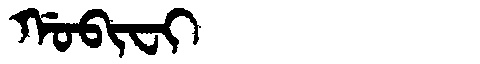
Manchu: ᡤᠣᠪᡳᠸᡳ
Romanization: GOBIFI